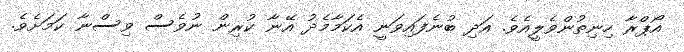
އޯޕްރާ ހިނިތުންވެލީއެވެ. އަދި ބުނެފައިވަނީ އެކަމާމެދު އޭނާ ކުރިން ނުވެސް ވިސްނާ ކަމަށެވެ.